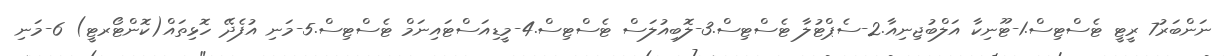
ނަންބަރު7 ރީޓީ ޓެސްޓިސް.1-ޓޫނިކާ އަލްބުޖިނިއާ.2-ސެޕްޓުލާ ޓެސްޓިސް.3-ލޮބިއުލަސް ޓެސްޓިސް.4-މީޑިއަސްޓައިނަމް ޓެސްޓިސް.5-މަނި އުފެދޭ ހޮޅިތައް(ކޮންޓޯރޓީ) 6-މަނި